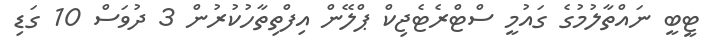
ޓީބީ ނައްތާލުމުގެ ގައުމީ ސްޓްރެޓެޖިކް ޕްލޭން އިފްތިތާހުކުރުން 3 ދުވަސް 10 ގަޑި